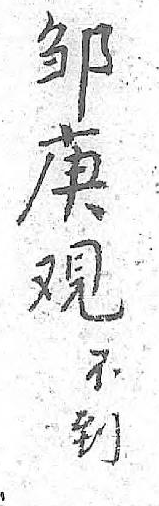
邹不庚到覌